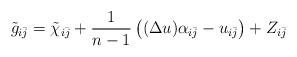
LaTeX: \begin{align*} \tilde{g}_{i\bar j} = \tilde{\chi}_{i\bar j} + \frac{1}{n-1}\left( (\Delta u)\alpha_{i\bar j} - u_{i\bar j}\right) + Z_{i\bar j} \end{align*}